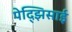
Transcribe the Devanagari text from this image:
पेद्झिसाई